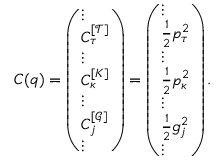
C ( q ) = \left( \begin{array} { l } { \vdots } \\ { C _ { \tau } ^ { [ \mathcal { T } ] } } \\ { \vdots } \\ { C _ { \kappa } ^ { [ K ] } } \\ { \vdots } \\ { C _ { j } ^ { [ \mathcal { G } ] } } \\ { \vdots } \end{array} \right) = \left( \begin{array} { l } { \vdots } \\ { \frac { 1 } { 2 } p _ { \tau } ^ { 2 } } \\ { \vdots } \\ { \frac { 1 } { 2 } p _ { \kappa } ^ { 2 } } \\ { \vdots } \\ { \frac { 1 } { 2 } g _ { j } ^ { 2 } } \\ { \vdots } \end{array} \right) .